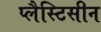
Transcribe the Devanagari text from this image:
प्लैस्टिसीन